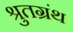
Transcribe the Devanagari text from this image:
श्रुतग्रंथ